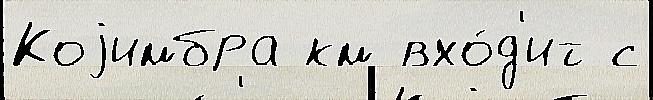
Коjимбра км вхо́д'ит с